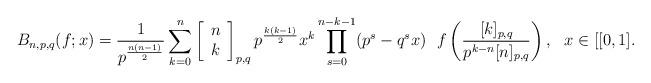
LaTeX: \begin{align*}B_{n,p,q}(f;x)=\frac1{p^{\frac{n(n-1)}2}}\sum\limits_{k=0}^{n}\left[\begin{array}{c}n \\k\end{array}\right]_{p,q}p^{\frac{k(k-1)}{2}}x^{k}\prod \limits_{s=0}^{n-k-1}(p^{s}-q^{s}x)~~f\left( \frac{[k]_{p,q}}{p^{k-n}[n]_{p,q}}\right) ,~~x\in \lbrack [0,1].\end{align*}